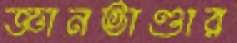
জ্ঞানভাণ্ডার